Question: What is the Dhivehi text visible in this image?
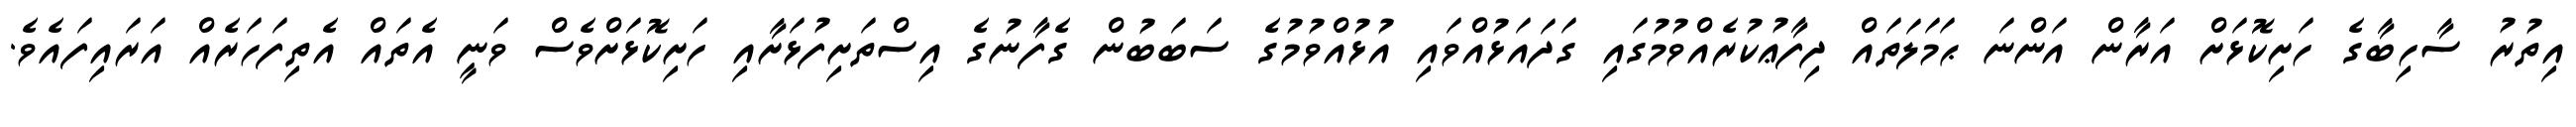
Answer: އިތުރު ސާހިބާގެ ހަށިކޮޅަށް އަރާން އަންނަ ޙަމަލަތައް ދިފާޢުކުރެއްވުމުގައި ގަދައަޅުއްވައި އުޅުއްވުމުގެ ސަބަބުން ގެފާނުގެ އިސްތަށިފުޅަށާއި ހަށިކޮޅަށްވެސް ވަނީ އެތައް އެތިފަހަރެއް އަރައިފައެވެ.